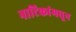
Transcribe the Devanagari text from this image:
नाटिकांमधून